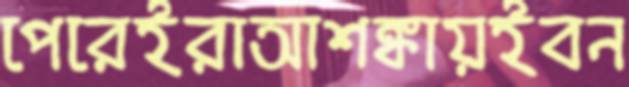
পেরেইরাআশঙ্কায়ইবন